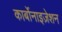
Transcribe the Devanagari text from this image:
कार्बोनाइज़ेशन